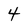
Character: 4